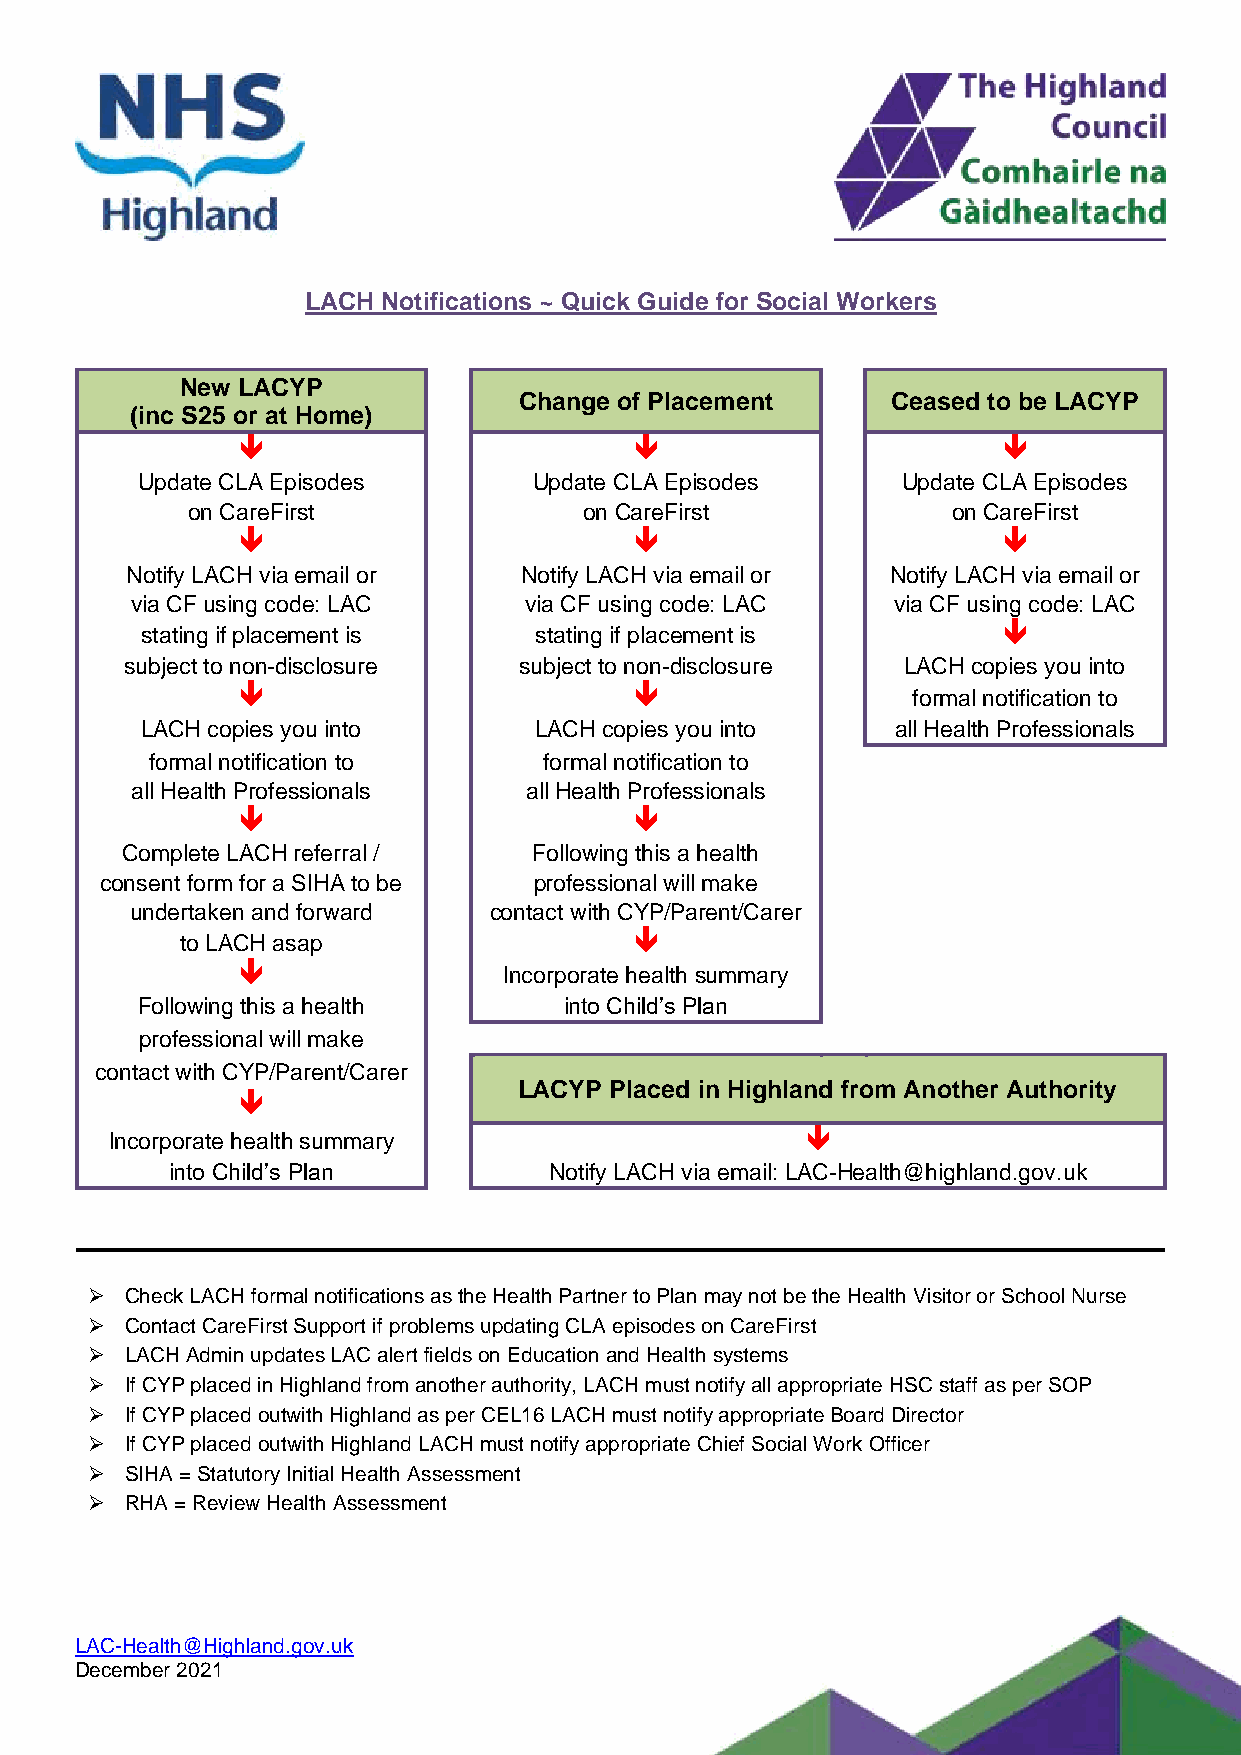
LACH Notifications ~ Quick Guide for Social Workers
 New LACYP
 Change of Placement      Ceased to be LACYP
 (inc S25 or at Home)
                                                 
 Update CLA Episodes       Update CLA Episodes      Update CLA Episodes
 on CareFirst               on CareFirst            on CareFirst
                                                 
 Notify LACH via email or  Notify LACH via email or Notify LACH via email or
 via CF using code: LAC    via CF using code: LAC  via CF using code: LAC
 stating if placement is   stating if placement is        
 subject to non-disclosure subject to non-disclosure LACH copies you into
                                           formal notification to
 LACH copies you into      LACH copies you into    all Health Professionals
 formal notification to    formal notification to
 all Health Professionals  all Health Professionals
                          
 Complete LACH referral /   Following this a health
 consent form for a SIHA to be professional will make
 undertaken and forward contact with CYP/Parent/Carer
 to LACH asap                  
                 Incorporate health summary
 Following this a health     into Child’s Plan
 professional will make
 contact with CYP/Parent/Carer
 LACYP Placed in Highland from Another Authority
 
 Incorporate health summary                    
 into Child’s Plan        Notify LACH via email: LAC-Health@highland.gov.uk
 ➢ Check LACH formal notifications as the Health Partner to Plan may not be the Health Visitor or School Nurse
 ➢ Contact CareFirst Support if problems updating CLA episodes on CareFirst
 ➢ LACH Admin updates LAC alert fields on Education and Health systems
 ➢ If CYP placed in Highland from another authority, LACH must notify all appropriate HSC staff as per SOP
 ➢ If CYP placed outwith Highland as per CEL16 LACH must notify appropriate Board Director
 ➢ If CYP placed outwith Highland LACH must notify appropriate Chief Social Work Officer
 ➢ SIHA = Statutory Initial Health Assessment
 ➢ RHA = Review Health Assessment
 LAC-Health@Highland.gov.uk
 December 2021